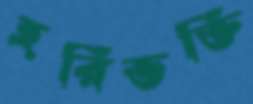
হরিভক্তি